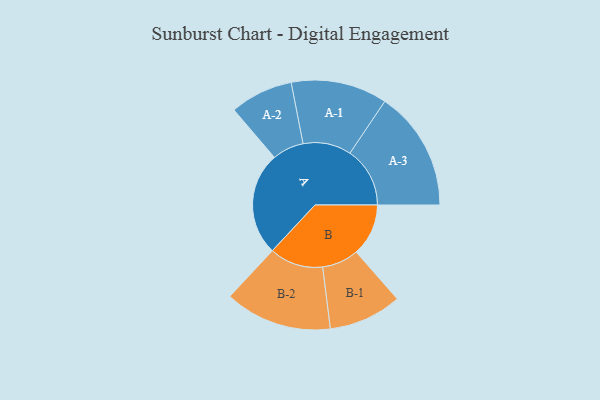
{"axis": {"x": "Segment", "y": "Value"}, "legend": ["", "A", "B"], "data": [{"x": "A", "y": 489, "type": ""}, {"x": "B", "y": 247, "type": ""}, {"x": "A-1", "y": 228, "type": "A"}, {"x": "A-2", "y": 149, "type": "A"}, {"x": "A-3", "y": 284, "type": "A"}, {"x": "B-1", "y": 173, "type": "B"}, {"x": "B-2", "y": 254, "type": "B"}]}